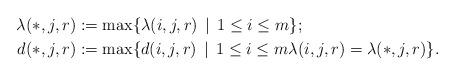
LaTeX: \begin{align*}\lambda(*,j,r) & :=\max\{\lambda(i,j,r)\,\mid\, 1\le i\le m\};\\d(*,j,r) & :=\max\{d(i,j,r)\,\mid\, 1\le i\le m \lambda(i,j,r)=\lambda(*,j,r)\}.\end{align*}